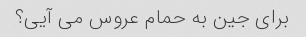
برای جین به حمام عروس می آیی؟